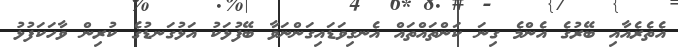
އެތެރެއާއި ބޭރުގެ އެންމެ ގިނަ ކަންތައްތައް އެނގިވަޑައިގަންނަވާ ބޭފުޅަކު އަޅުގަނޑުގެ ކުރިން ވާހަކަފުޅު